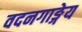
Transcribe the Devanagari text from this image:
वदनगाङ्गेय